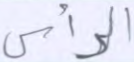
الرأس